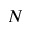
N